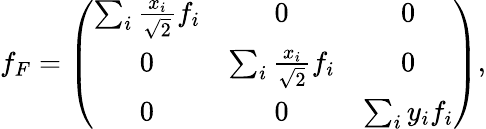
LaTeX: f_{F}=\left(\begin{array}{ccc}{{\sum_{i}\frac{x_{i}}{\sqrt{2}}f_{i}}}&{{0}}&{{0}}\\ {{0}}&{{\sum_{i}\frac{x_{i}}{\sqrt{2}}f_{i}}}&{{0}}\\ {{0}}&{{0}}&{{\sum_{i}y_{i}f_{i}}}\end{array}\right),